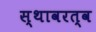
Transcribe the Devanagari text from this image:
स्थावरत्व